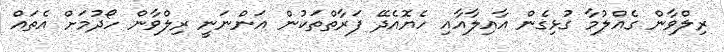
ރިލްވާން ގެއްލުމާ ގުޅިގެން އާއިލާއާއި ހެޔޮއެދޭ ފަރާތްތަކުން އަންނަނީ ރިލްވާން ހޯދުމަށް އެތައް